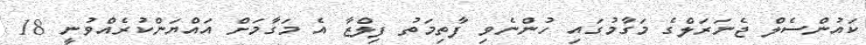
ކައުންސެލް ޖެނަރަލްގެ މަގާމުގައި ހުންނެވި ފާތިމަތު ފިލްޒާ އެ މަގާމަށް އައްޔަންކުރެއްވުނީ 18